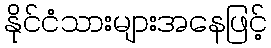
နိုင်ငံသားများအနေဖြင့်